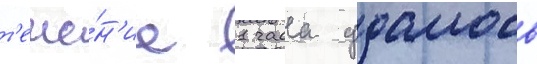
т'ече́н'ие 1 часа удалось